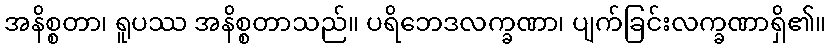
အနိစ္စတာ၊ ရူပဿ အနိစ္စတာသည်။ ပရိဘေဒလက္ခဏာ၊ ပျက်ခြင်းလက္ခဏာရှိ၏။